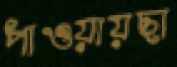
পাওয়ায়ছা